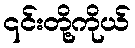
၎င်းတို့ကိုယ်